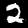
Digit: 2